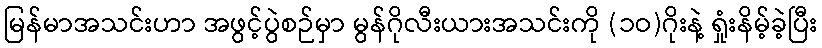
မြန်မာအသင်းဟာ အဖွင့်ပွဲစဉ်မှာ မွန်ဂိုလီးယားအသင်းကို (၁ဝ)ဂိုးနဲ့ ရှုံးနိမ့်ခဲ့ပြီး